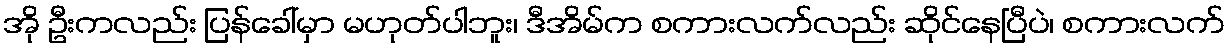
အို ဦးကလည်း ပြန်ခေါ်မှာ မဟုတ်ပါဘူး၊ ဒီအိမ်က စကားလက်လည်း ဆိုင်နေပြီပဲ၊ စကားလက်